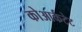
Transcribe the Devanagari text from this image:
कोआर्कटेट